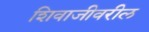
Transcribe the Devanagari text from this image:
शिवाजीवरील